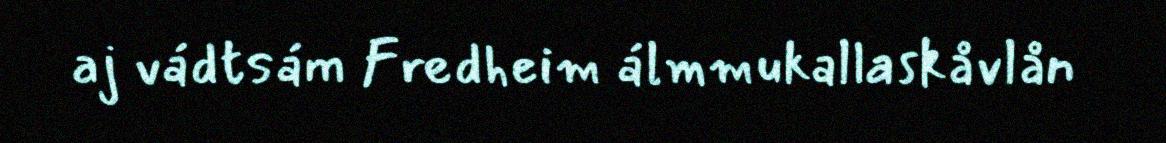
aj vádtsám Fredheim álmmukallaskåvlån